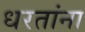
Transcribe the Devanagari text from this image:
धरतांना